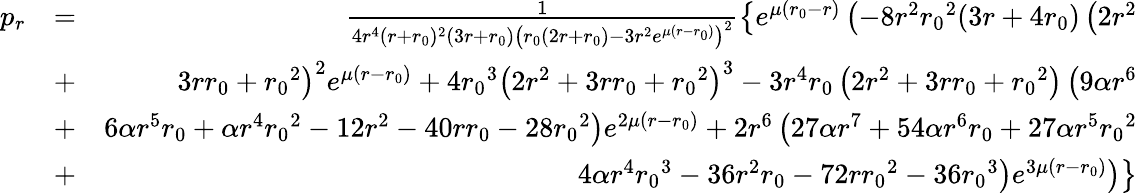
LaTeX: \begin{array}{rlr}{p_{r}}&{=}&{\frac{1}{4r^{4}(r+{r_{0}})^{2}(3r+{r_{0}})\left({r_{0}}(2r+{r_{0}})-3r^{2}e^{\mu(r-{r_{0}})}\right)^{2}}\left\lbrace e^{\mu({r_{0}}-r)}\left(-8r^{2}{r_{0}}^{2}(3r+4{r_{0}})\left(2r^{2}\right.\right.\right.}\\ &{+}&{\left.\left.\left.3r{r_{0}}+{r_{0}}^{2}\right)^{2}e^{\mu(r-{r_{0}})}+4{r_{0}}^{3}\left(2r^{2}+3r{r_{0}}+{r_{0}}^{2}\right)^{3}-3r^{4}{r_{0}}\left(2r^{2}+3r{r_{0}}+{r_{0}}^{2}\right)\left(9\alpha r^{6}\right.\right.\right.}\\ &{+}&{\left.\left.\left.6\alpha r^{5}{r_{0}}+\alpha r^{4}{r_{0}}^{2}-12r^{2}-40r{r_{0}}-28{r_{0}}^{2}\right)e^{2\mu(r-{r_{0}})}+2r^{6}\left(27\alpha r^{7}+54\alpha r^{6}{r_{0}}+27\alpha r^{5}{r_{0}}^{2}\right.\right.\right.}\\ &{+}&{\left.\left.\left.4\alpha r^{4}{r_{0}}^{3}-36r^{2}{r_{0}}-72r{r_{0}}^{2}-36{r_{0}}^{3}\right)e^{3\mu(r-{r_{0}})}\right)\right\rbrace}\end{array}